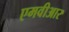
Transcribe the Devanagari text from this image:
एमवीआर